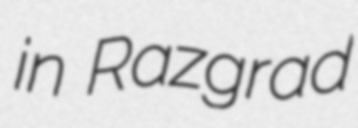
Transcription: in Razgrad